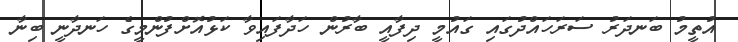
އުތީމު ބަނދަރު ސަރަހައްދުގައި ގައުމީ ދިފާއީ ބާރުން ހަދާފައިވާ ކަޅުއޮށްފުންމީގެ ހަނދާނީ ބިނާ